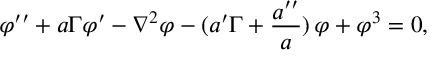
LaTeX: \varphi ^ { \prime \prime } + a \Gamma \varphi ^ { \prime } - \nabla ^ { 2 } \varphi - ( a ^ { \prime } \Gamma + \frac { a ^ { \prime \prime } } { a } ) \, \varphi + \varphi ^ { 3 } = 0 ,